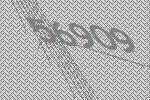
56909